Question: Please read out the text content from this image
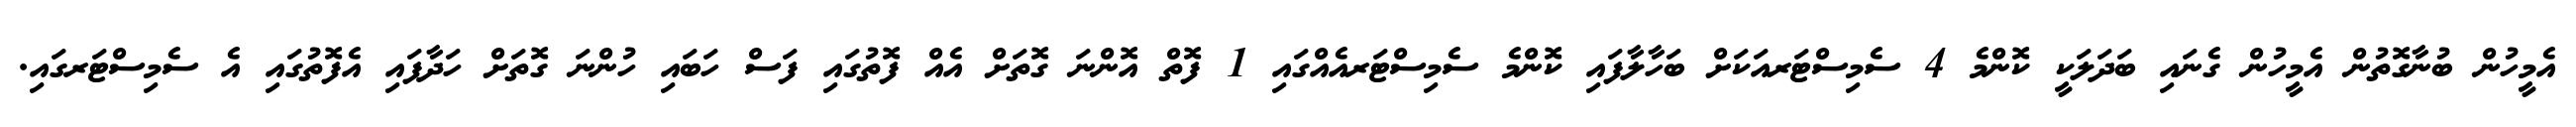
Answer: އެމީހުން ބުނާގޮތުން އެމީހުން ގެނައި ބަދަލަކީ ކޮންމެ 4 ސެމިސްޓަރއަކަށް ބަހާލާފައި ކޮންމެ ސެމިސްޓަރއެއްގައި 1 ފޮތް އޮންނަ ގޮތަށް އެއް ފޮތުގައި ފަސް ހަބައި ހުންނަ ގޮތަށް ހަދާފައި އެފޮތުގައި އެ ސެމިސްޓަރގައި.